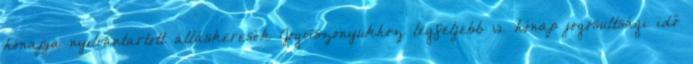
hónapja nyilvántartott álláskeresők Jogviszonyukhoz legfeljebb 12 hónap jogosultsági idő